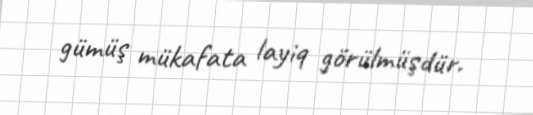
gümüş mükafata layiq görülmüşdür.